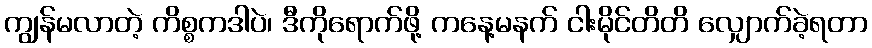
ကျွန်မလာတဲ့ ကိစ္စကဒါပဲ၊ ဒီကိုရောက်ဖို့ ကနေ့မနက် ငါးမိုင်တိတိ လျှောက်ခဲ့ရတာ